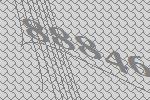
88846